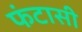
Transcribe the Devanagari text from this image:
फंटासी